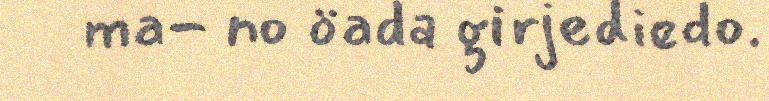
ma- no öada girjediedo.